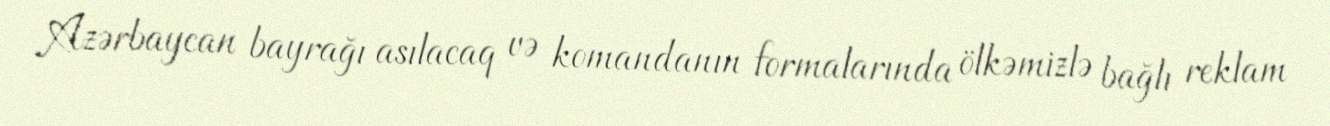
Azərbaycan bayrağı asılacaq və komandanın formalarında ölkəmizlə bağlı reklam